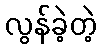
လွန်ခဲ့တဲ့